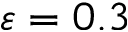
\varepsilon = 0 . 3